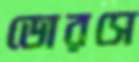
ডোরসে